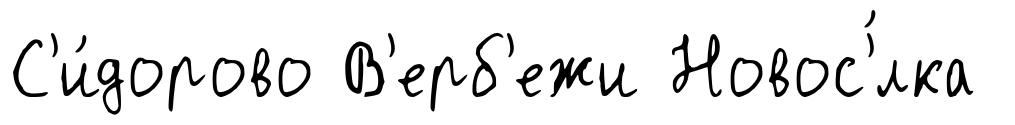
С'и́дорово В'ерб'ежи Новос'́лка